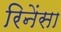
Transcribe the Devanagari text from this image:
रिनेंसा